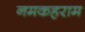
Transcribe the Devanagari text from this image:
नमकहराम